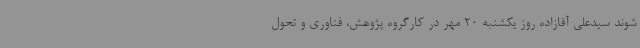
شوند سیدعلی آقازاده روز یکشنبه 20 مهر در کارگروه پژوهش، فناوری و تحول